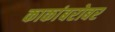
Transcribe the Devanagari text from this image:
काकांबरोबर